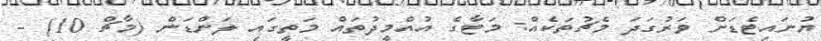
ޔުނައިޓެޑަށް ވަރުގަދަ މެޗުތަކެއް: މަޓާގެ އުއްމީދުތައް މަތީގައި ލަންޑަން (މާޗް 10) -